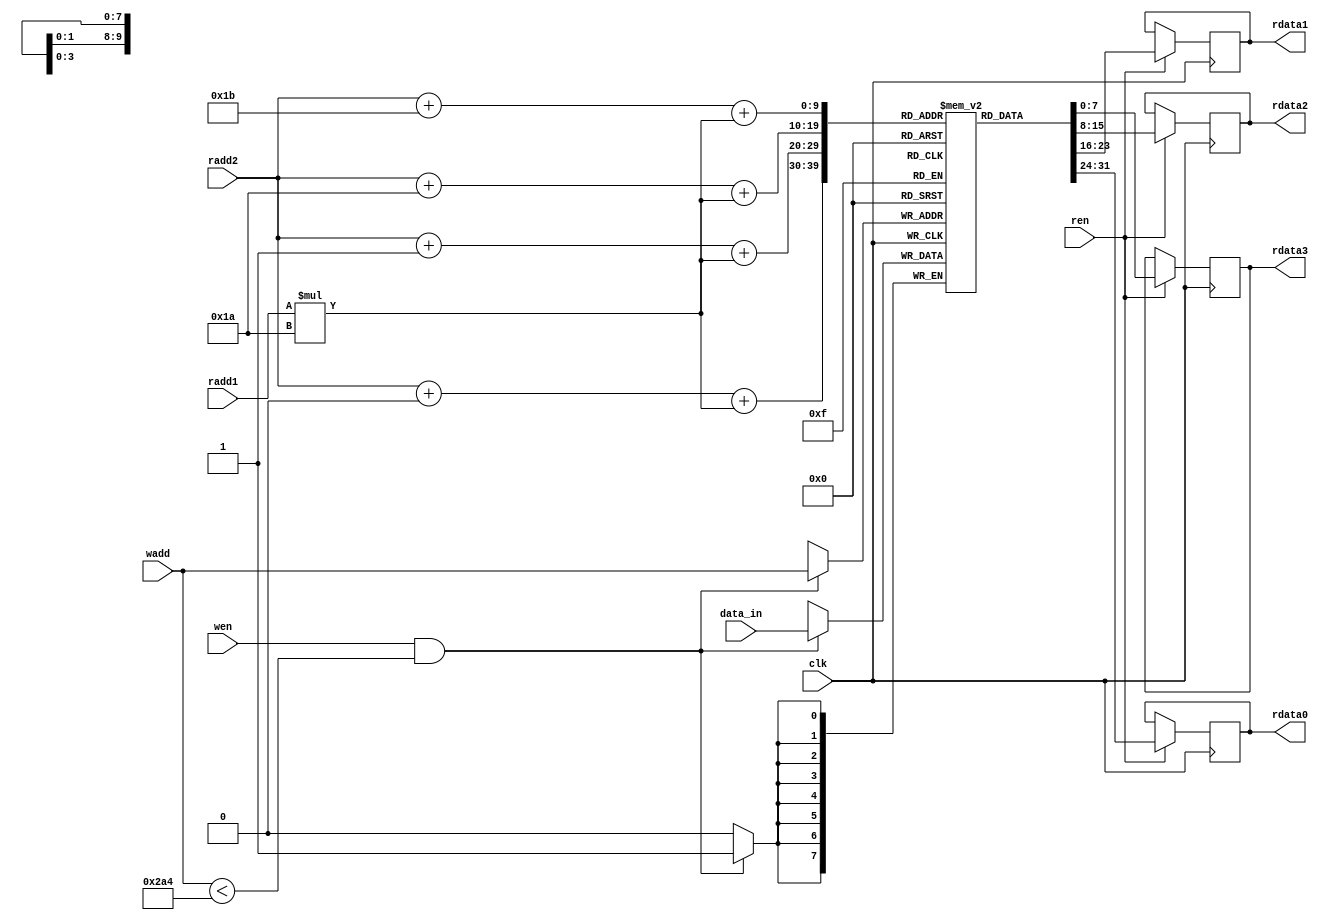
`timescale 1ns / 1ps
//////////////////////////////////////////////////////////////////////////////////
// Company: 
// Engineer: 
// 
// Design Name: 
// Module Name: memory_rstl_conv_1
// Project Name: 
// Target Devices: 
// Tool Versions: 
// Description: 
// 
// Dependencies: 
// 
// Revision:
// Revision 0.01 - File Created
// Additional Comments:
// 
//////////////////////////////////////////////////////////////////////////////////


module memory_rstl_conv_1
#(
    //memory_rstl_conv
    parameter n_c = 5'd26,  //number of column matrix image 
    parameter n_r = 5'd26,  //number of rows matrix image 
    parameter dataWidthImg= 16,
    parameter numWeightRstlConv = 676,
    parameter addressWidthRstlConv = 10, 
    parameter dataWidthRstlConv = 8
)
( 
    input clk,
    input wen,
    input ren,
    input [addressWidthRstlConv-1:0] wadd,
    input [addressWidthRstlConv-1:0] radd1,
    input [addressWidthRstlConv-1:0] radd2,
    input signed [dataWidthRstlConv-1:0] data_in,

    output reg [dataWidthRstlConv-1:0] rdata0,
    output reg [dataWidthRstlConv-1:0] rdata1,
    output reg [dataWidthRstlConv-1:0] rdata2,
    output reg [dataWidthRstlConv-1:0] rdata3 

);
    
    reg [dataWidthRstlConv-1:0] mem_rstl_conv1 [numWeightRstlConv-1:0];

    wire [11-1:0] p_img_0;
    wire [11-1:0] p_img_1;
    wire [11-1:0] p_img_2;
    wire [11-1:0] p_img_3;
    
//    assign p_img_0 = (0+radd1)*(n_c) + (0+radd2);
//    assign p_img_1 = (0+radd1)*(n_c) + (1+radd2);
//    assign p_img_2 = (1+radd1)*(n_c) + (0+radd2);
//    assign p_img_3 = (1+radd1)*(n_c) + (1+radd2);  
    
    assign p_img_0 = (radd2 + 0) + (radd1*n_c);
    assign p_img_1 = (radd2 + 1) + (radd1*n_c);
    assign p_img_2 = (radd2 + 26) + (radd1*n_c);
    assign p_img_3 = (radd2 + 27) + (radd1*n_c);        


    always @(posedge clk)
	begin
	   if (wen & (wadd < numWeightRstlConv))
	   begin
	       mem_rstl_conv1[wadd] <= data_in;
	       //$display("conv1, %d",wadd,data_in); 
           //$display("%d",data_in);
	   end
	end 
    
    always @(posedge clk)
    begin
        if (ren)
        begin
            rdata0 <= mem_rstl_conv1[p_img_0];
            rdata1 <= mem_rstl_conv1[p_img_1];
            rdata2 <= mem_rstl_conv1[p_img_2];
            rdata3 <= mem_rstl_conv1[p_img_3];
        end
    end 
endmodule